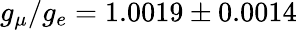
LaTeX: g_{\mu}/g_{e}=1.0019\pm 0.0014